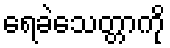
ရေခဲသေတ္တာကို